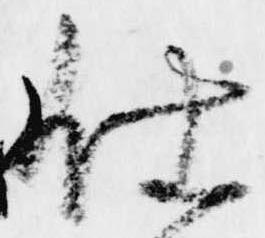
仕